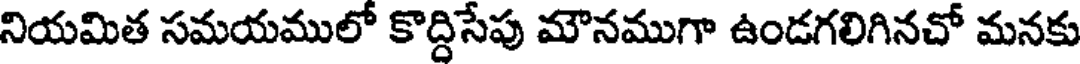
నియమిత సమయములో కొద్దిసేపు మౌనముగా ఉండగలిగినచో మనకు